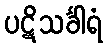
ပဋိသင်္ခါရံ